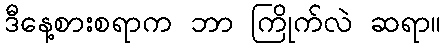
ဒီနေ့စားစရာက ဘာ ကြိုက်လဲ ဆရာ။